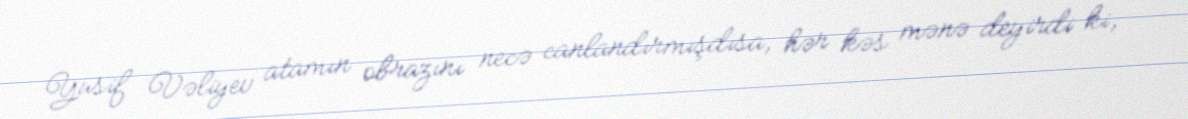
Yusif Vəliyev atamın obrazını necə canlandırmışdısa, hər kəs mənə deyirdi ki,